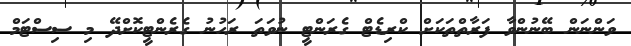
ވަންނަން ބޭނުންވާ ފަރާތްތަކަށް ކްރިޑެޓް ގެރަންޓީ ނުވަތަ ރަހުނު ގެރެންޓީކޮށްދޭ މި ސިސްޓަމް